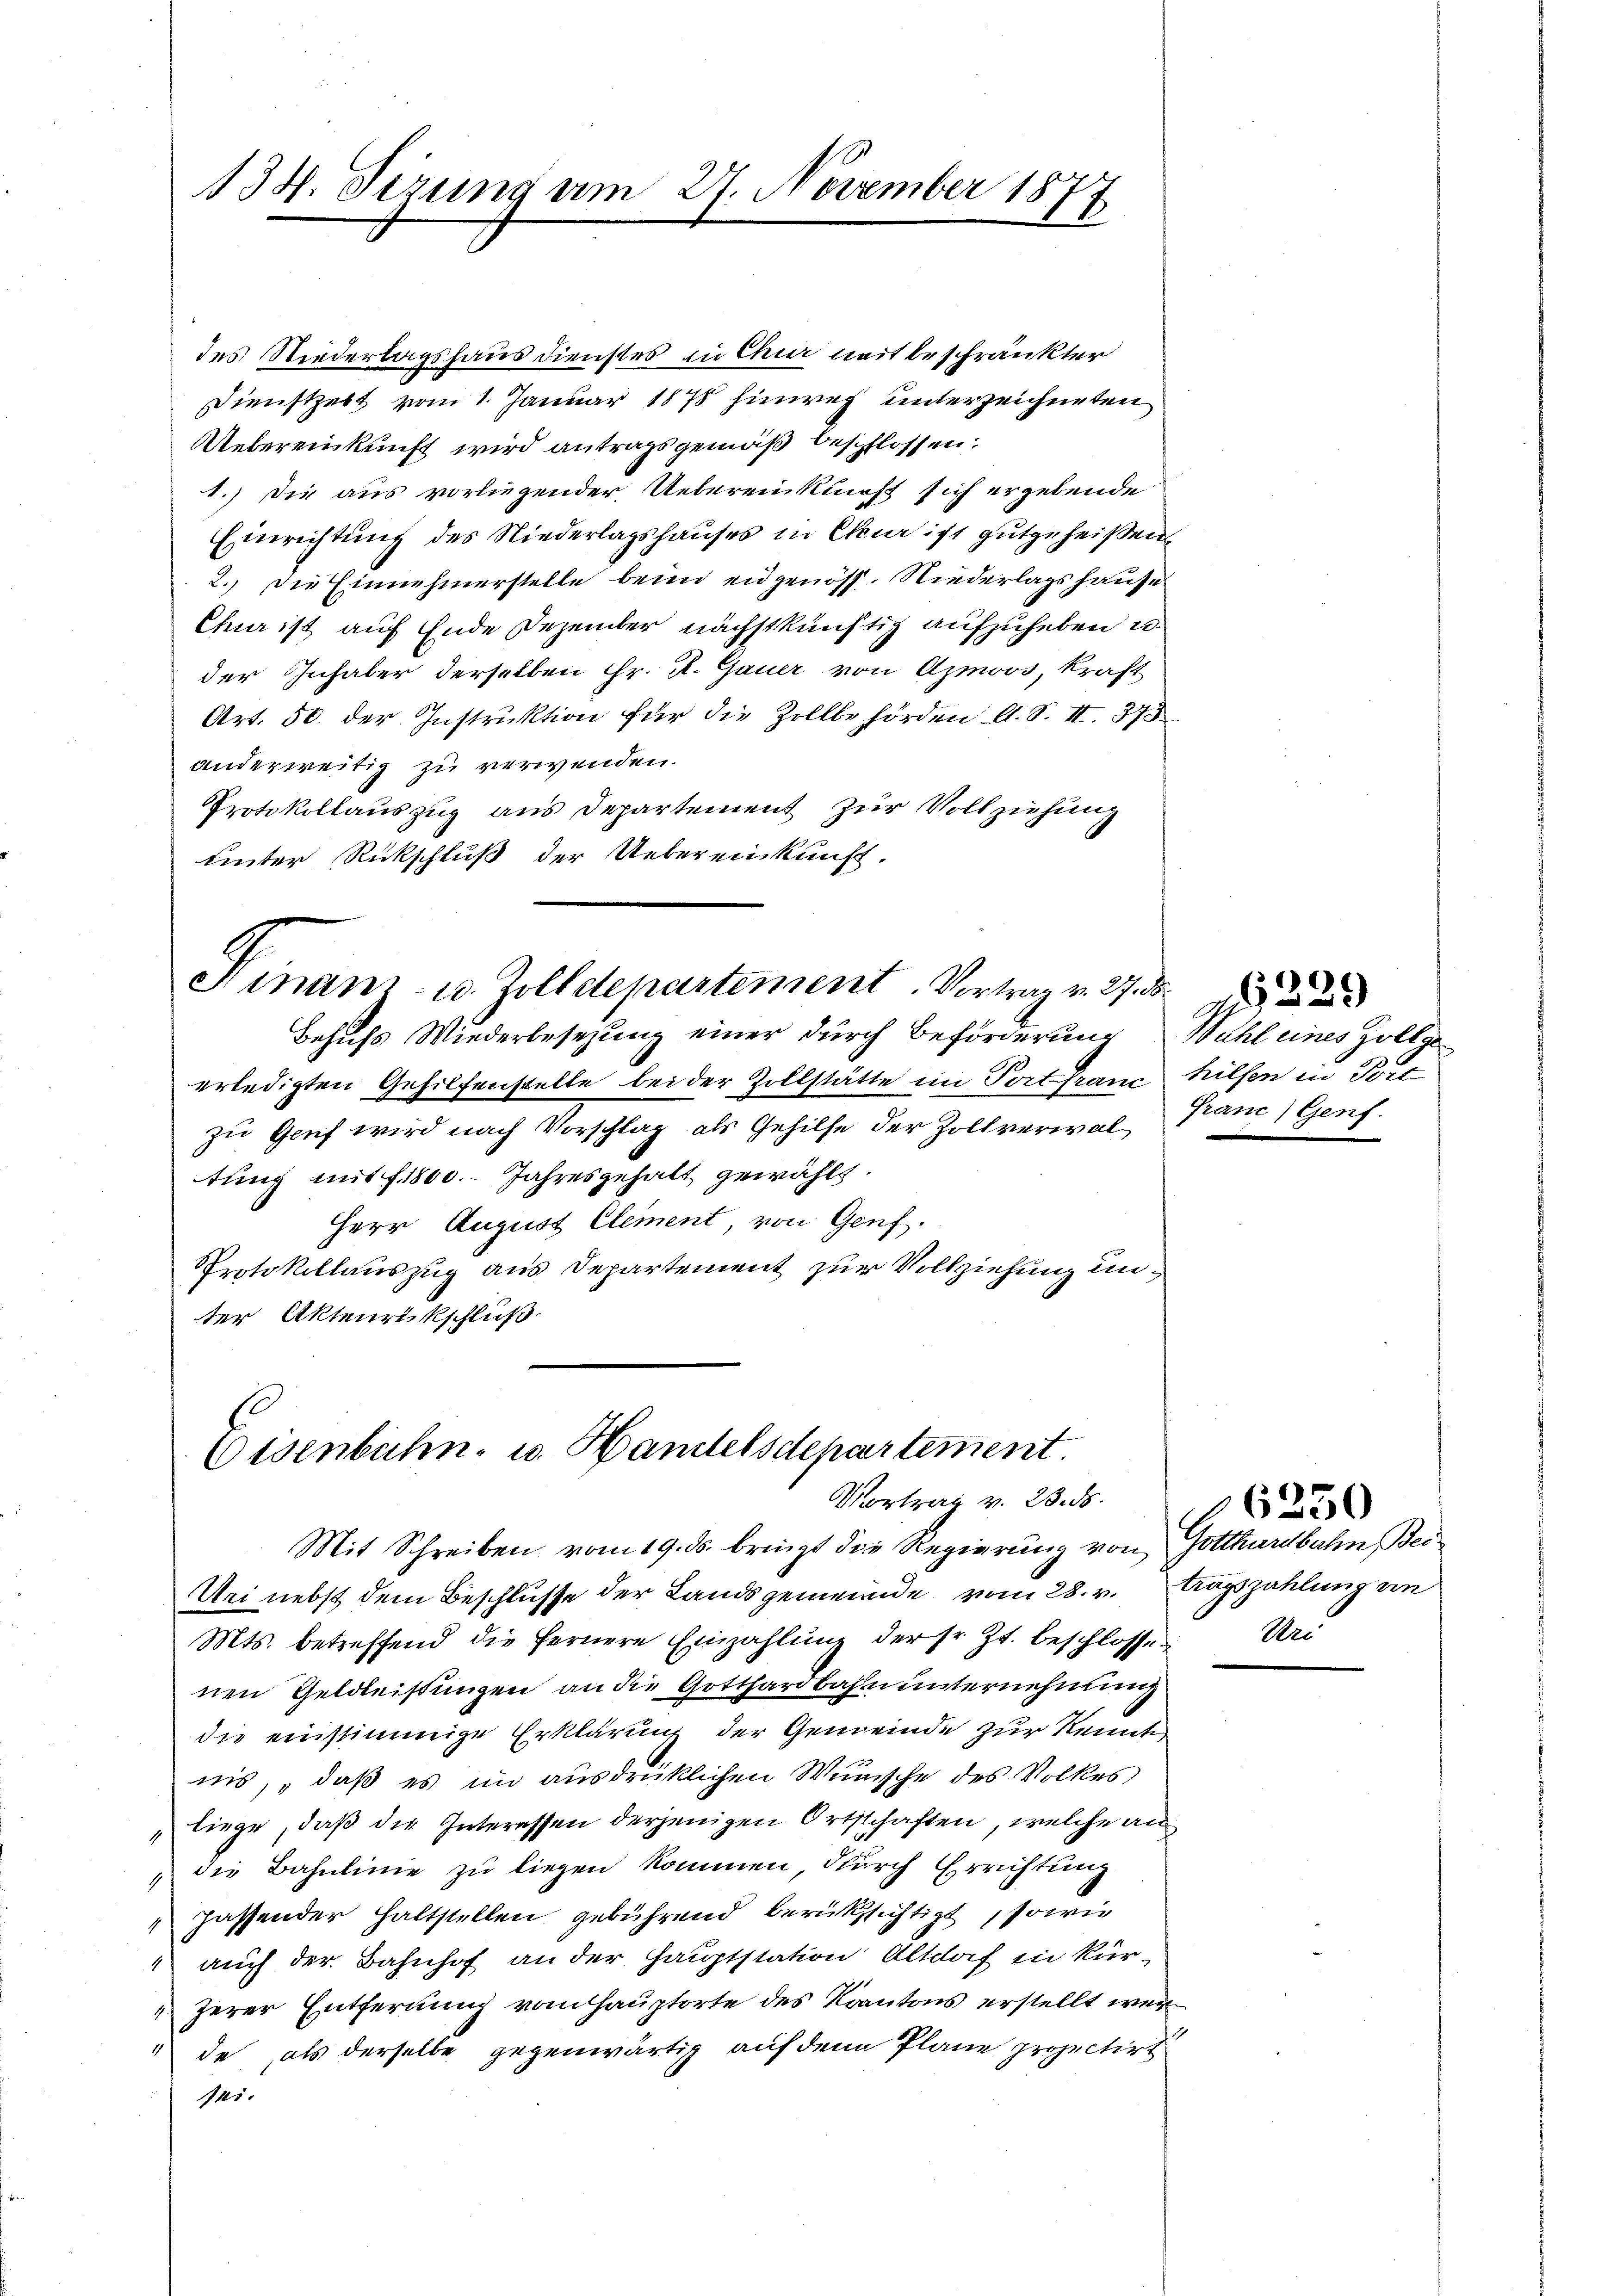
137. Sizung am 27. November 1877

des Niederlagshaus dienstes in Chur mit beschränkter
Dienstzeit vom 1. Januar 1878 hinweg unterzeichneten
Uebereinkunft wird antragsgemäß beschlossen:
1.) Die aus vorliegender Uebereinkunft sich ergebende
Einrichtung des Niederlagshauses in Chur ist gutgeheißen.
2.) Die Einnehmerstelle beim eidgenöss. Niederlagshause
Chur ist auf Ende Dezember nächstkünftig aufzuheben u.
der Inhaber derselben Hr. R. Gauer von Azmoos, kraft
Art. 50. der Instruktion für die Zollbehörden A. S. II. 373
anderweitig zu verwenden.
Protokollauszug aus Departement zur Vollziehung
unter Rückschluß der Uebereinkunft.

Finanz- u. Zolldepartement. Vortrag v. 27. d.

Behufs Wiederbesezung einer durch Beförderung
erledigten Gehilfenstelle bei der Zollstätte im Tort franc
zu Genf wird nach Vorschlag als Gehilfe der Zollverwaltung mit f. 1800. Jahresgehalt gewählt.
Herr August Clement, von Genf.
Protokollauszug aus Departement zur Vollziehung unter Aktenrückschluß

Eisenbahn- u. Handelsdepartement.
Vortrag v. 23. ds.

Mit Schreiben vom 19. ds. bringt die Regierung von Gotthardbahn Bei¬
Uri nebst dem Beschlusse der Landsgemeinde vom 28. v. Ragszahlung an
Mts. betreffend die fernere Einzahlung der sr. Zt. beschlossen
nen Geldleistungen an die Gotthardbahn unternehmung
die einstimmige Erklärung der Gemeinde zur Kennte
nis, daß es im ausdrüklichen Wunsche des Volkes
„liege, daß die Interessen derjenigen Ortsschaften, welche an¬
 die Bahnlinie zu liegen kommen, durch Errichtung
passender haltstellen gebührend berüksichtigt, sowie
" auch der Bahnhof an der Hauptstation Altdorf in Kur-
Zerer Entfernung vom Hauptorte des Kantons erstellt wer
de als derselbe gegenwärtig auf den Plane projectirt
fei.

Wahl eines Zollge
hilsen in Trie
Franc) Genf.

Uri

6250